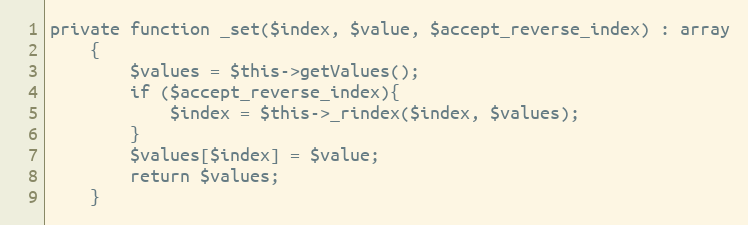
Language: PHP
private function _set($index, $value, $accept_reverse_index) : array
    {
        $values = $this->getValues();
        if ($accept_reverse_index){
            $index = $this->_rindex($index, $values);
        }
        $values[$index] = $value;
        return $values;
    }